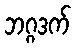
ဘဂ္ဂဒက်